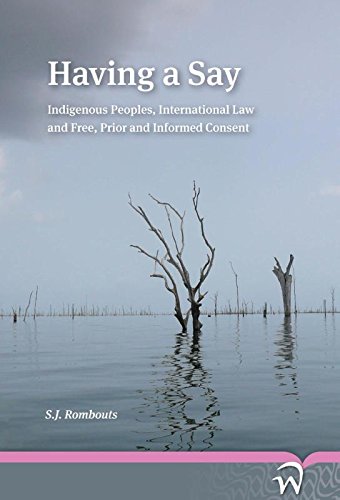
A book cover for Having a Say: Indigenous Peoples, International Law and Free, Prior and Informed Consent; S.J. Rombouts; Law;